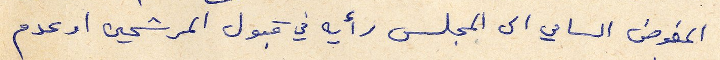
المفوض السامي الى المجلس رأيه في قبول المرشحين او عدم